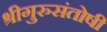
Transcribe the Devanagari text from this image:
श्रीगुरुसंतोषी